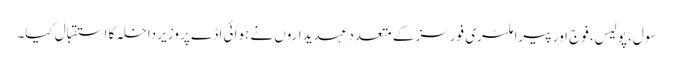
سول، پولیس، فوج اور پیرا ملٹری فورسز کے متعدد عہدیداروں نے ہوائی اڈے پر وزیر داخلہ کا استقبال کیا۔